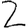
Digit: 2